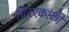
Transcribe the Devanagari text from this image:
चित्रएकांकी